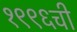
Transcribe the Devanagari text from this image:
१९९६ची